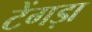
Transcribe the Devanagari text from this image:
टेंगड़ा